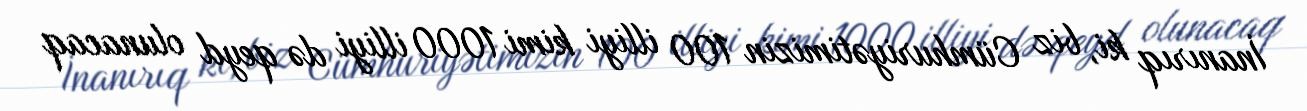
İnanırıq ki, biz Cümhuriyətimizin 100 illiyi kimi 1000 illiyi də qeyd olunacaq